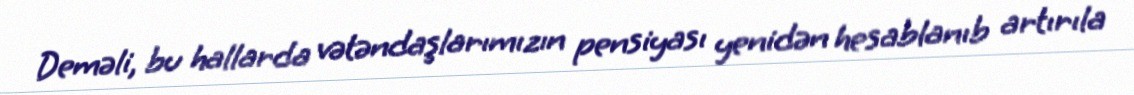
Deməli, bu hallarda vətəndaşlarımızın pensiyası yenidən hesablanıb artırıla